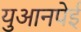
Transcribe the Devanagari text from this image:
युआनपेई